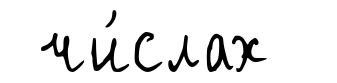
чи́слах